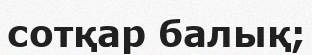
сотқар балық;